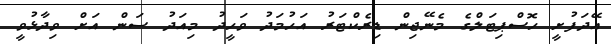
އޭދަފުށީ ހޮސްޕިޓަލްގެ މެނޭޖިން ޑިރެކްޓަރު އަހުމަދު ވަހީދު މިއަދު ސަން އަށް ވިދާޅުވީ